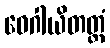
ဝေဂါယိတတ္တံ